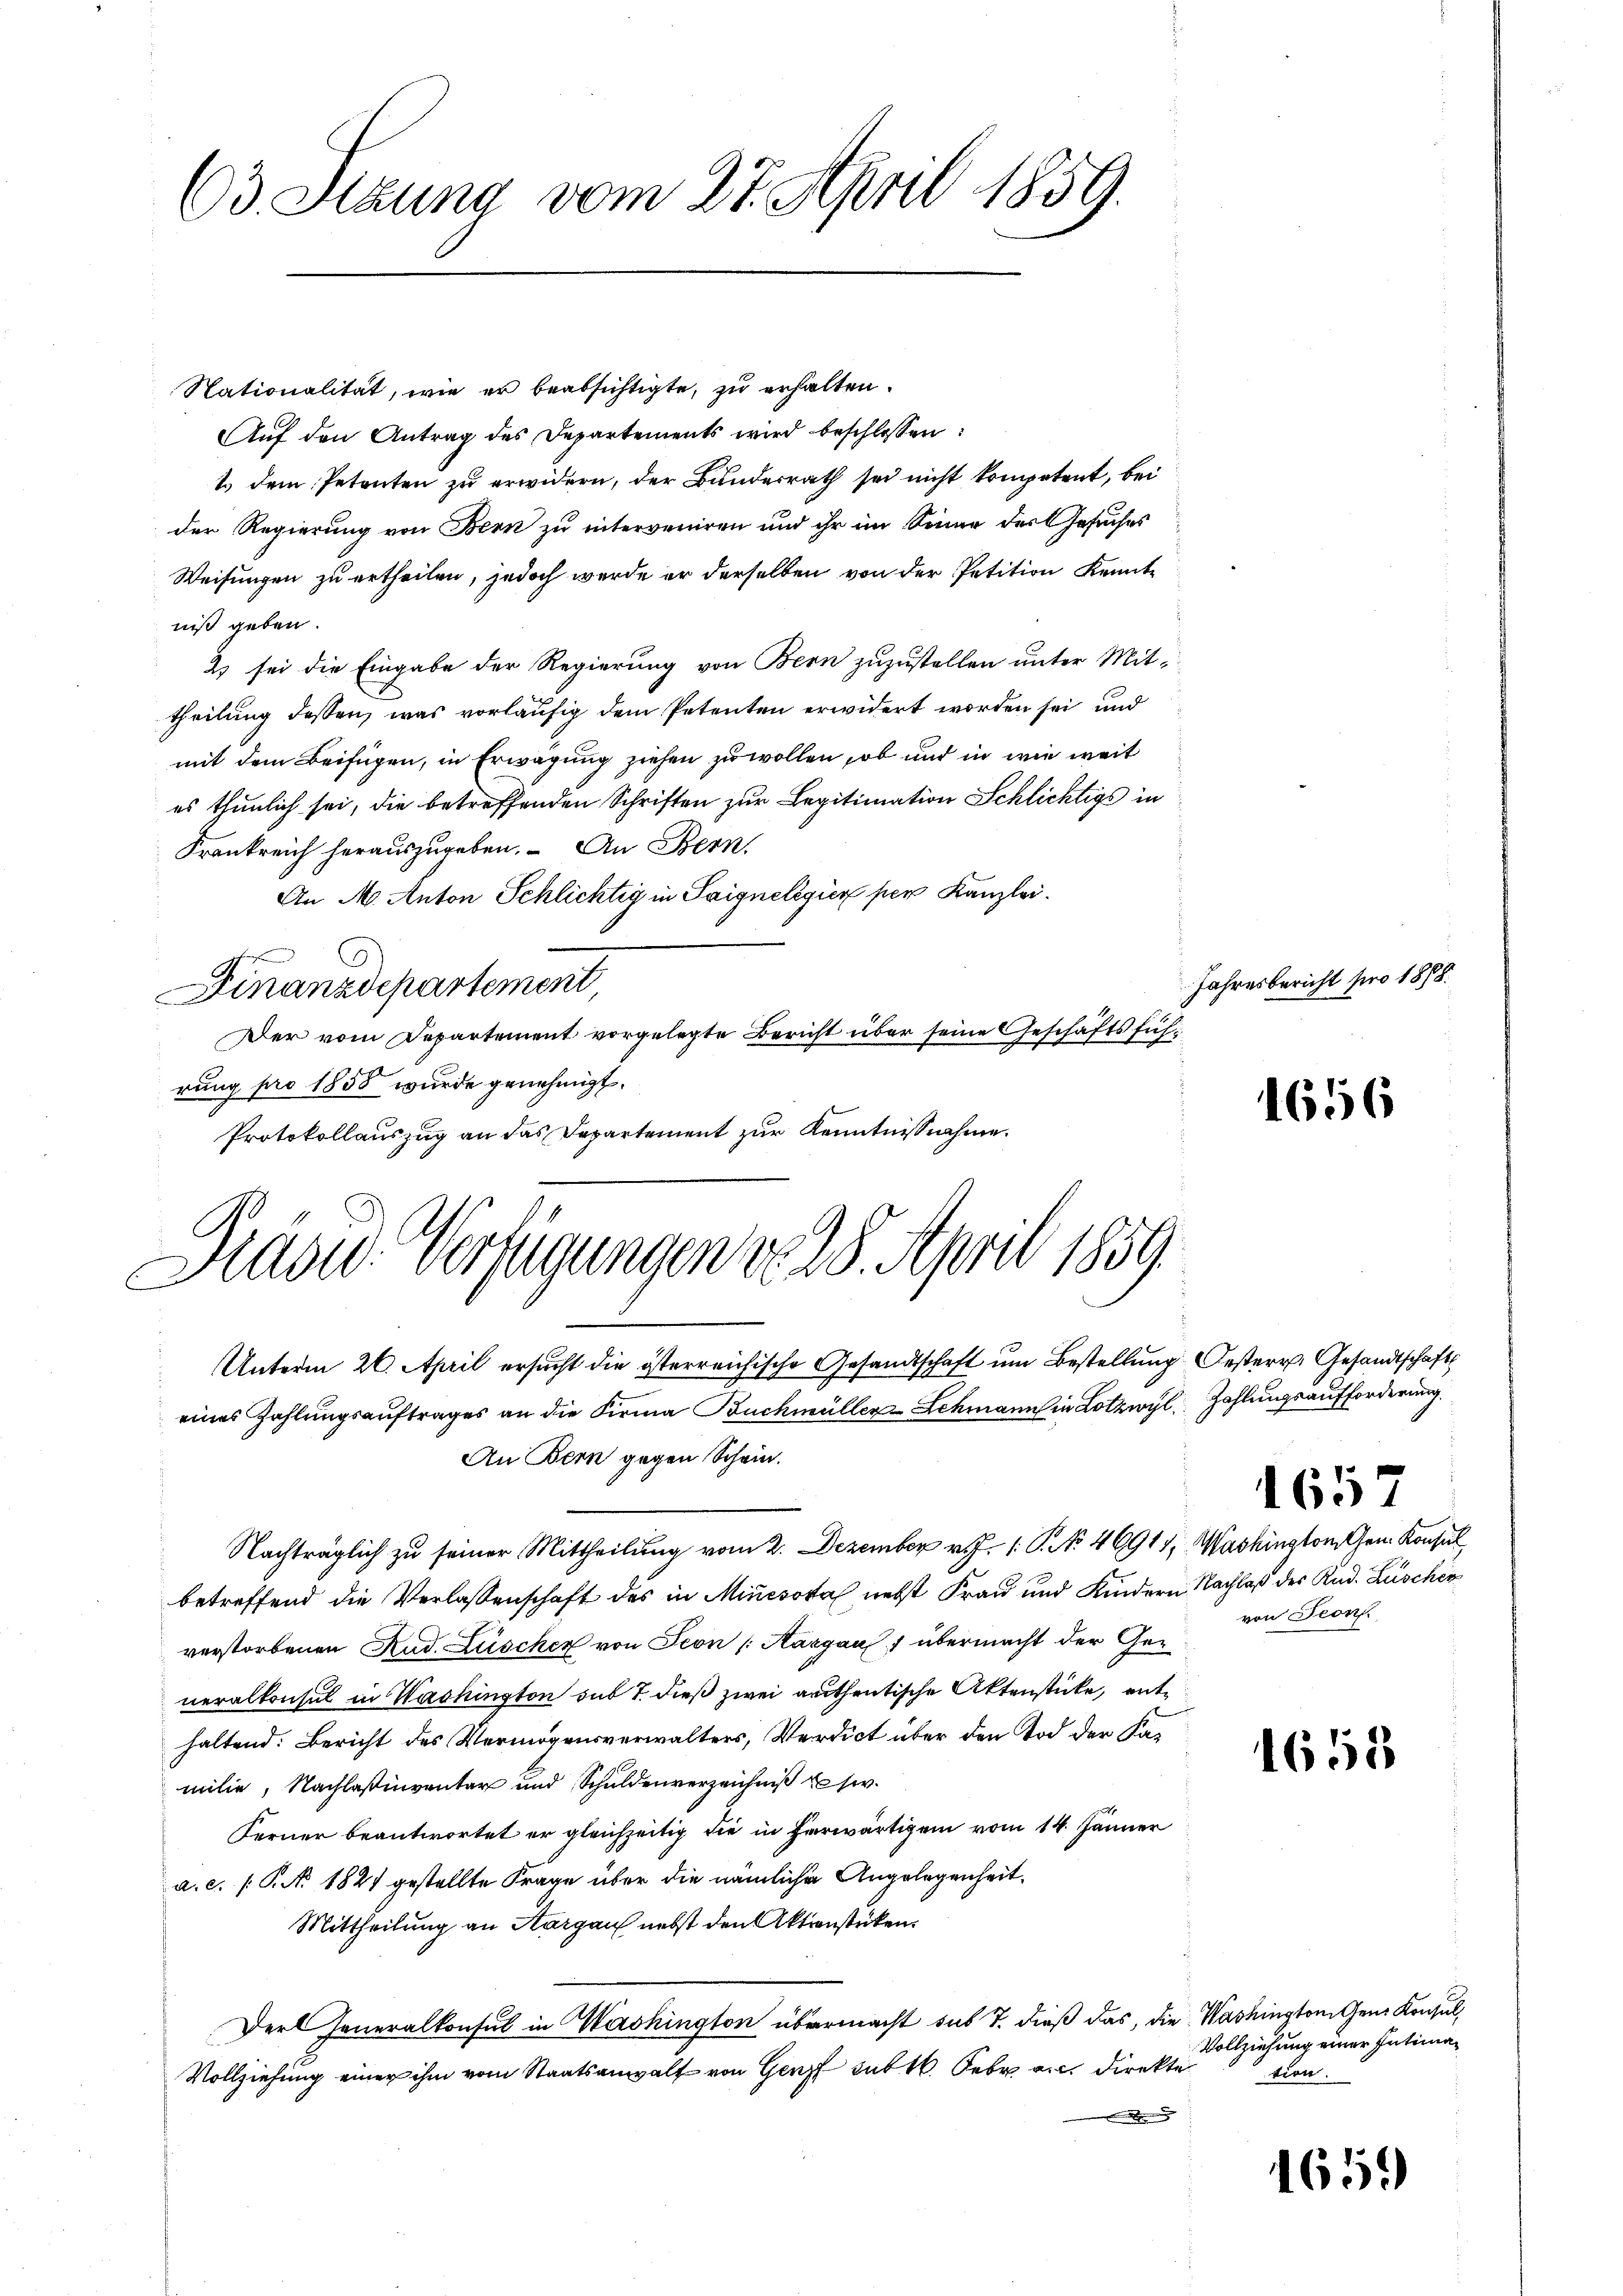
(03. Sizung vom 27. April 1859.

Nationalität, wie er beabsichtigte, zu erhalten.
Auf den Antrag des Departements wird beschlossen:
1. dem Petenten zu erwidern, der Bunderrath sei nicht kompetent, bei
der Regierung von Bern zu interveniren und ihr im Sinne der Gesuches
Weisungen zu ertheilen, jedoch werde er derselben von der Petition Kennte
niß geben.
2) sei die Eingabe der Regierung von Bern zuzustellen unter Mittheilung dessen, was vorläufig dem Petenten erwidert worden sei, und
mit dem Beifügen, in Erwägung ziehen zu wollen, ob und in wie weit
es thunlich sei, die betreffenden Schriften zur Legitimation Schlichtigs in
Frankreich herauszugeben. An Bern,
An M. Anton Schlichtig in Saigneligier per Kanzlei.
A.
Finanzdepartement,
Der vom Departement vorgelegte Bericht über seine Geschäftsführung pro 1858 wurde genehmigt.
Protokollauszug an das Departement zur Kenntnißnahme.

Präsid. Verfügungen d. 28. April 1889
Unterm 26. April ersucht die österreichische Gesandtschaft um Bestellung Oesterr. Gesandtschaft

eines Zahlungsauftrages an die Firma Buchmüller Schmann in Lotzwyl, Zahlungsaufforderung
An Bern gegen Schein.
Nachträglich zu seiner Mittheilung vom 2. Dezember v. J. P. No 46911, Washington Gen. Konsul
betreffend die Verlassenschaft des in Mincsova nebst Frau und Kindern Nachlaß der Rud. Lüschen
verstorbenen Rud. Lüscher von Seon (Aargau f übermacht der Generalkonsul in Washington sub 7. dieß zwei authentische Aktenstücke, enthaltend. Bericht des Vermögensverwalters, Verdict über den Tod der Kamilie, Nachlaßinventar und Schuldenverzeichniß usw.
Ferner beantwortet er gleichzeitig die in herwärtigem vom 14. Jänner
a.c. (T. No. 1821 gestellte Frage über die nämlichen Angelegenheit,
Mittheilung an Aargau nebst den Aktienstücken.
Der Generalkonsul in Washington übermacht sub 7. dieß das, die Washington Gene Konsul,
Vollziehung einer ihm vom Staatsanwalt von Genf subt. Feb an direkte

Jahresbericht pro 1888.

1656

1657

von Seons.

1658

1659

Vollziehung einer Intimation.